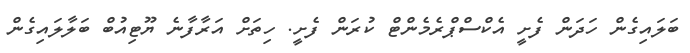
ބަލައިގެން ހަދަން ފެށީ އެކްސްޕްރެމެންޓް ކުރަން ފެށީ. ހިތަށް އަރާފާނެ ޔޫޓިއުބް ބަލާލައިގެން